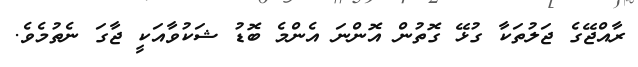
ރާއްޖޭގެ ޖަލުތަކާ ގުޅޭ ގޮތުން އޮންނަ އެންމެ ބޮޑު ޝަކުވާއަކީ ޖާގަ ނެތުމެވެ.